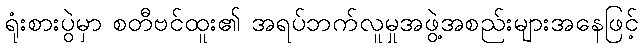
ရုံးစားပွဲမှာ စတီဗင်ထူး၏ အရပ်ဘက်လူမှုအဖွဲ့အစည်းများအနေဖြင့်